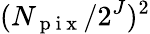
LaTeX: (N_{\mathrm{~p~i~x~}}/2^{J})^{2}